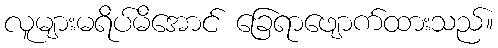
လူများမရိပ်မိအောင် ခြေရာဖျောက်ထားသည်။